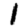
Digit: 1